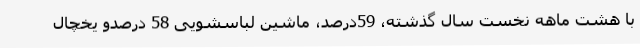
با هشت ماهه نخست سال گذشته، 59درصد، ماشین لباسشویی 58 درصدو یخچال